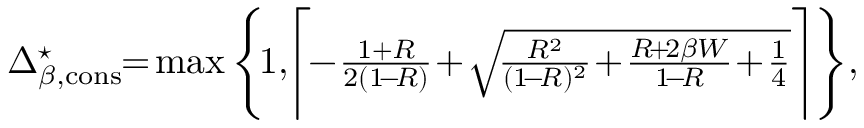
\begin{array} { r } { \Delta _ { \beta , \mathrm { c o n s } } ^ { \star } \! \! = \! \operatorname* { m a x } \Bigg \{ \! 1 , \! \Bigg \lceil \! \! - \! \frac { 1 + R } { 2 ( 1 \! - \! R ) } \! + \! \sqrt { \! \frac { R ^ { 2 } } { ( 1 \! - \! R ) ^ { 2 } } \! + \! \frac { R \! + \! 2 \beta W } { 1 \! - \! R } \! + \! \frac { 1 } { 4 } } \Bigg \rceil \Bigg \} , } \end{array}